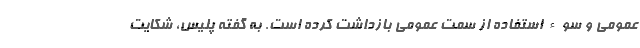
عمومی و سوء استفاده از سمت عمومی بازداشت کرده است. به گفته پلیس، شکایت